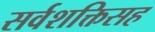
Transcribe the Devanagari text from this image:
सर्वशक्तिसह